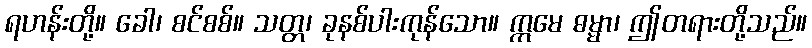
ရဟန်းတို့။ ခေါ၊ စင်စစ်။ သတ္တ၊ ခုနစ်ပါးကုန်သော။ ဣမေ ဓမ္မာ၊ ဤတရားတို့သည်။